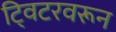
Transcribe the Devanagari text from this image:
ट्विटरवरून